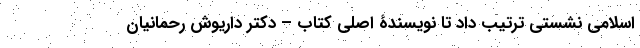
اسلامی نشستی ترتیب داد تا نویسندۀ اصلی کتاب – دکتر داریوش رحمانیان